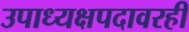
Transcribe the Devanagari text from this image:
उपाध्यक्षपदावरही